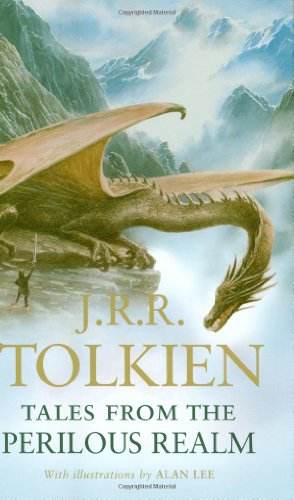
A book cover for Tales from the Perilous Realm; J.R.R. Tolkien; Science Fiction & Fantasy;